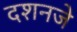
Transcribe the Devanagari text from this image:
दशनजे